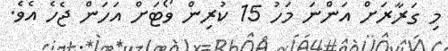
މި ގަރާރަށް އަންނަ މަހު 15 ކުރިން ވޯޓަށް އަހަން ޖެހެ އެވެ.